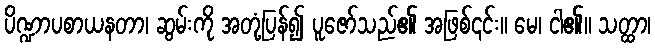
ပိဏ္ဍာပစာယနတာ၊ ဆွမ်းကို အတုံ့ပြန်၍ ပူဇော်သည်၏ အဖြစ်၎င်း။ မေ၊ ငါ၏။ သတ္ထာ၊